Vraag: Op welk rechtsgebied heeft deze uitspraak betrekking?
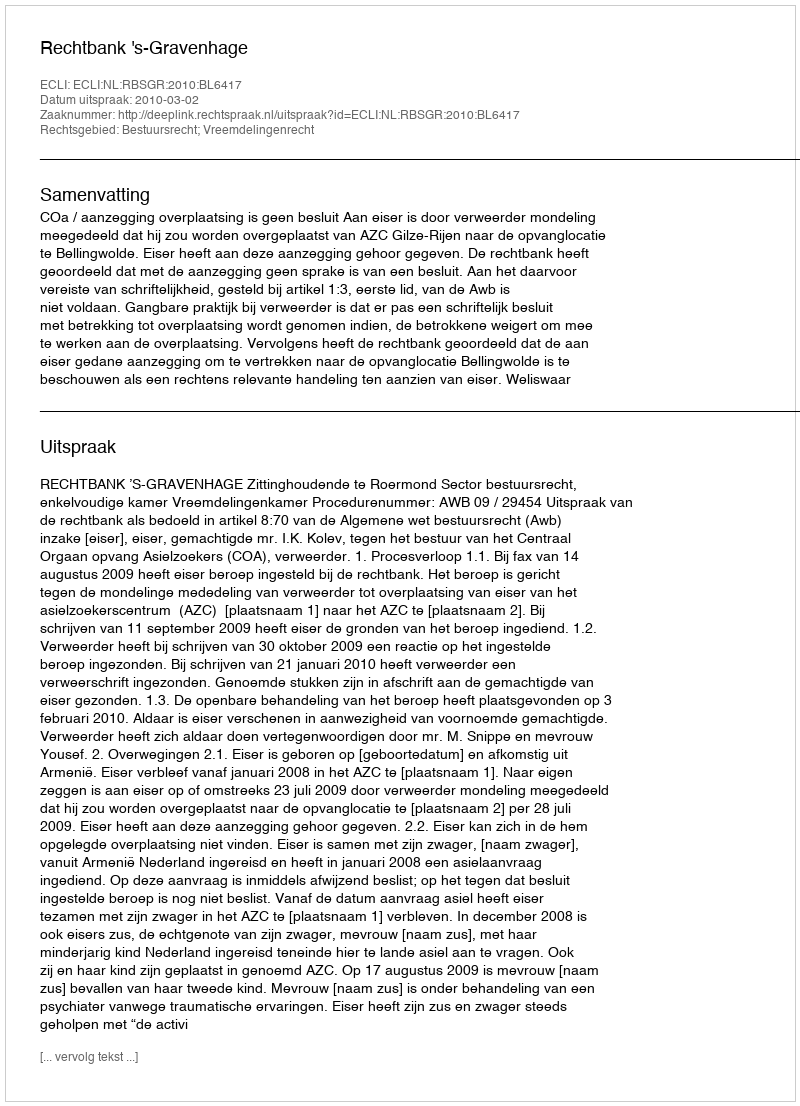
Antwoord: Bestuursrecht; Vreemdelingenrecht